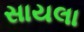
સાયલા